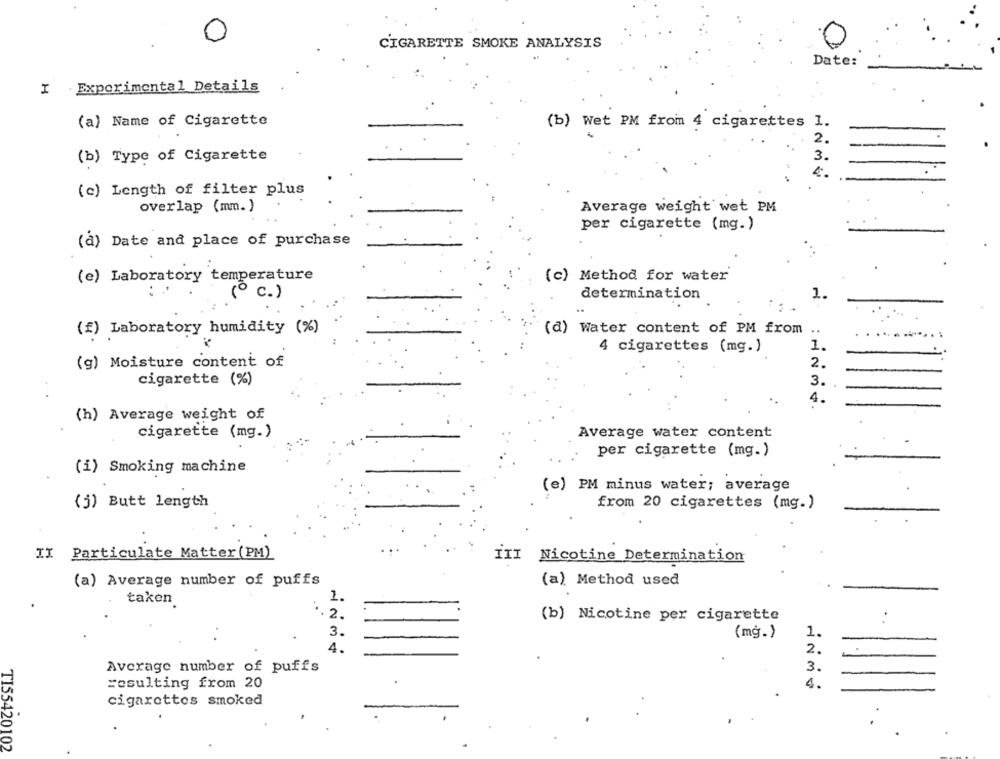
0
CIGARETTE SMOKE ANALYSIS
Date:
X Experimental Details
(a) Name of Cigarette
(b) Wet PM from 4 cigarettes 1.
(b) Type of Cigarette
(c) Length of filter plus
overlap (mm.)
Average weight wet PM
per cigarette (mg.)
(a) Date and place of purchase
(e) Laboratory temperature
(c) Method for water
(º c.)
determination
1.
(f) Laboratory humidity (%)
(d) Water content of PM from ..
4 cigarettes (mg.)
1.
(g) Moisture content of
2.
cigarette (%)
3.
4.
(h) Average weight of
Average water content
cigarette (mg.)
per cigarette (mg.)
(i) Smoking machine
(e) PM minus water; average
(j) Butt length
from 20 cigarettes (mg.)
II
Particulate Matter (PM)
III Nicotine Determination
(a) Average number of puffs
(a) Method used
1.
taken
2.
(b) Nicotine per cigarette
.
3.
(mg.)
1.
4.
2.
Average number of puffs
3.
4.
resulting from 20
cigarettes smoked
TI55420102